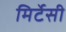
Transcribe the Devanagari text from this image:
मिर्टेसी